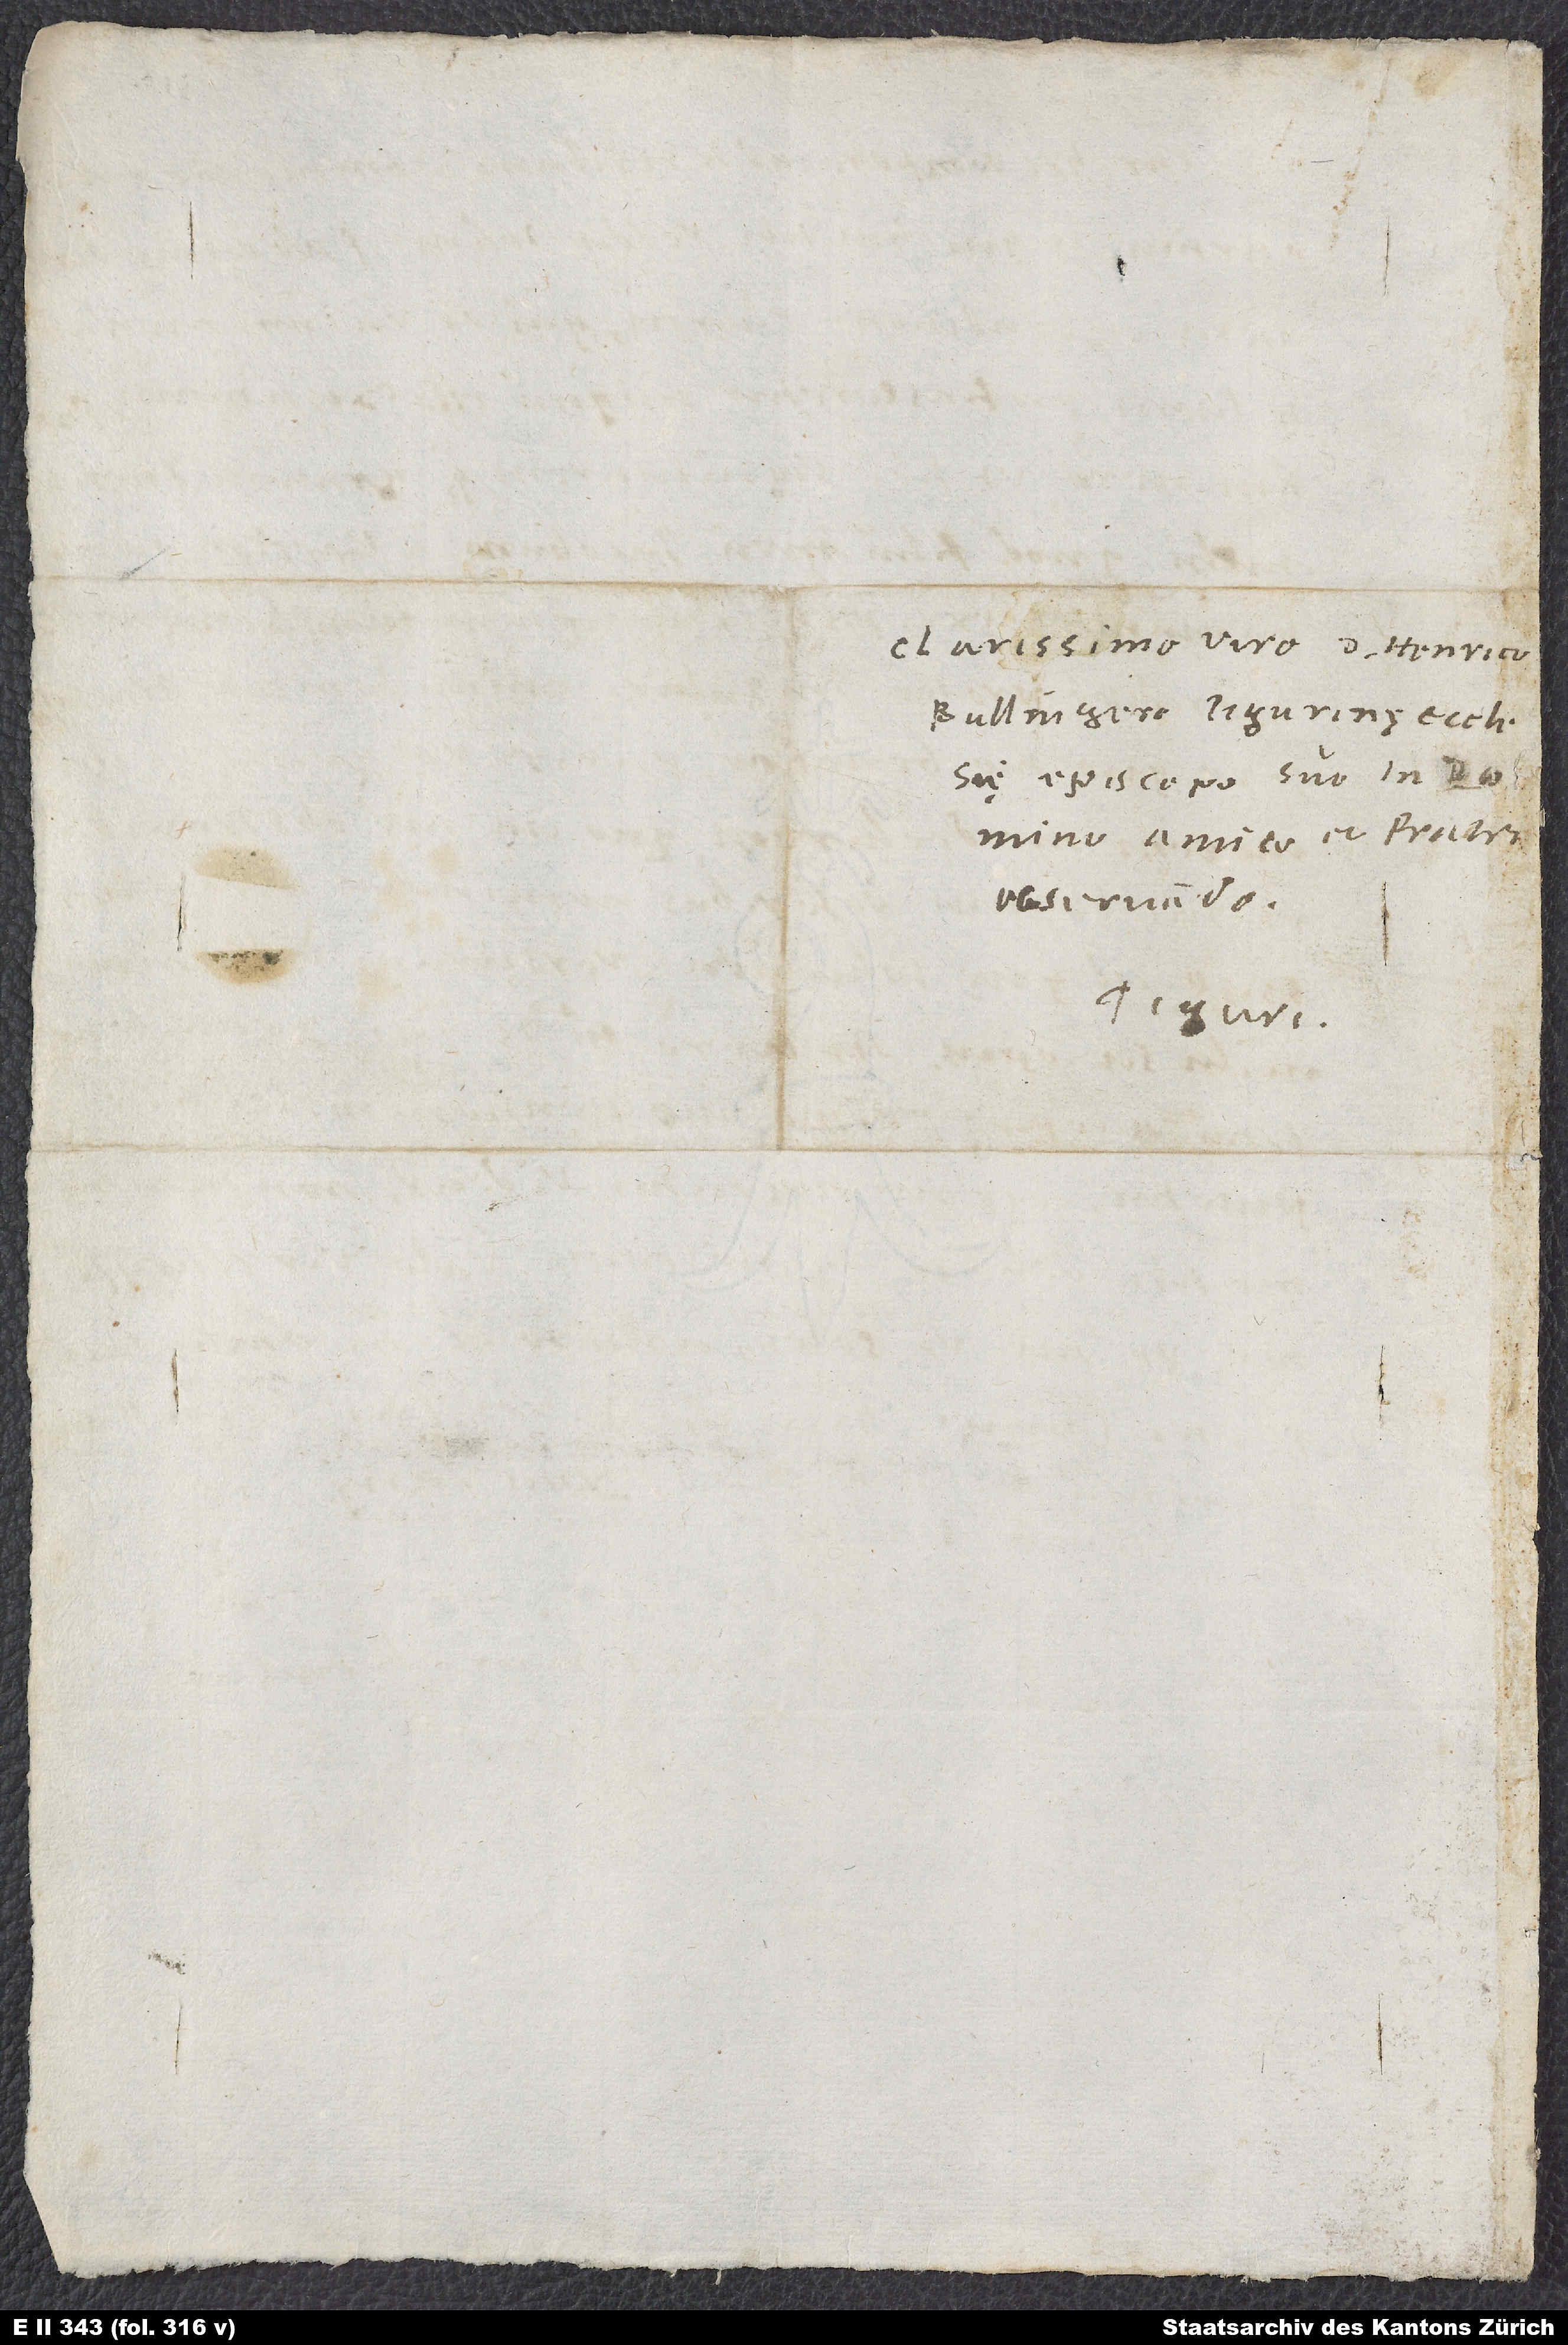
Clarissimo viro d. Henri
observando.
Tiguri.